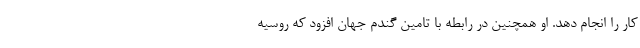
کار را انجام دهد. او همچنین در رابطه با تامین گندم جهان افزود که روسیه